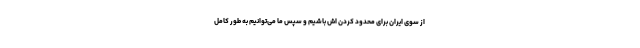
از سوی ایران برای محدود کردن اش باشیم و سپس ما می‌توانیم به طور کامل